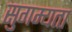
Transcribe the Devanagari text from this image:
सुगम्यता